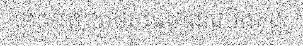
កាលព្រះបរមសាស្តានៃយើងគង់